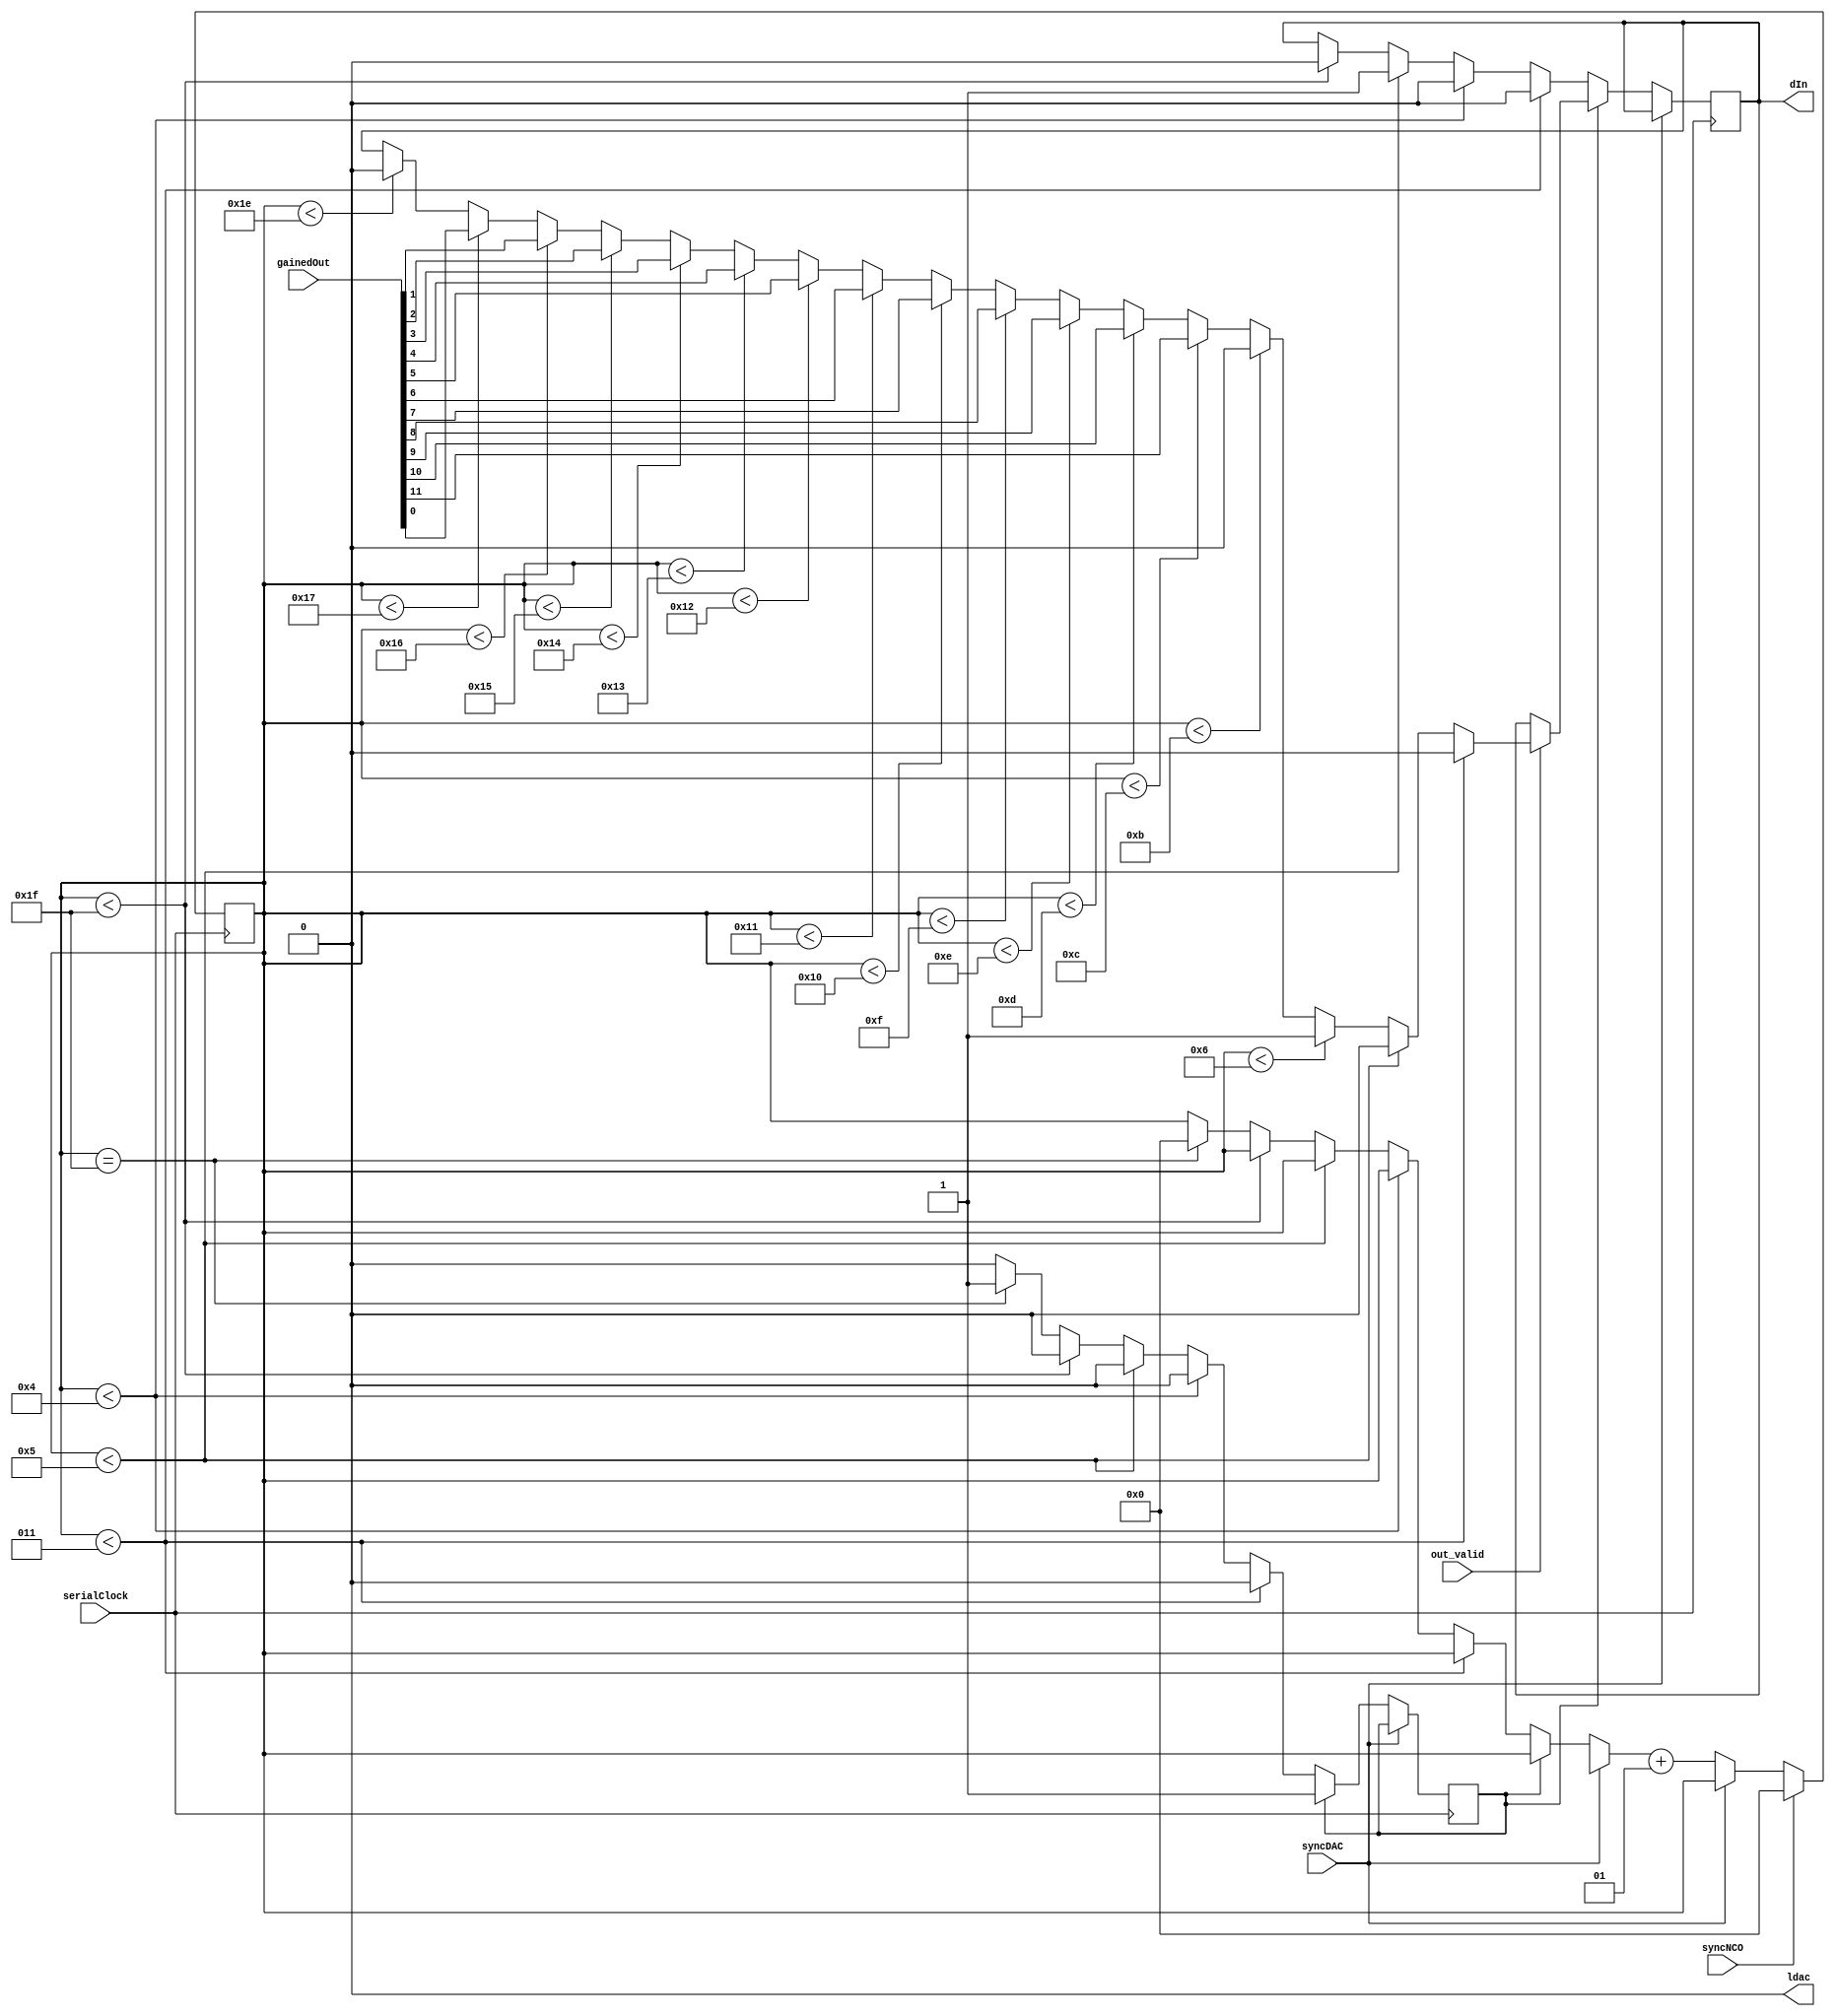
module DAC(gainedOut, serialClock, ldac, dIn, out_valid, syncDAC, syncNCO);

input [11:0] gainedOut;
input serialClock, out_valid, syncNCO;
reg powerUp; 
input syncDAC;
integer count;
output reg ldac, dIn;

initial
	begin
		ldac = 0;
		count = 0;
		dIn = 0;
		powerUp = 0;
	end
	
always @(posedge serialClock)
	begin
	if (~syncDAC)
		begin
			if (~powerUp)
				begin
					if (count < 3)
						dIn = 0;
						
					else if (count < 4)
						dIn = 0;
				
					else if (count < 5)
						dIn = 1;
					
					else if (count < 31)
						dIn = 0;
						
					else if (count == 31)
						begin
							count = 0;
							powerUp = 1;
						end
				end
		
		else
			begin
				if (out_valid)
					begin
						if (count < 3)
							dIn = 0;
							
						else if (count < 5)
							dIn = 0;
						
						else if (count < 6)
							dIn = 1;
						
						else if (count < 11)
							dIn = 0;
							
						else if (count < 12)
							dIn = gainedOut[11];
							
						else if (count < 13)
							dIn = gainedOut[10];
							
						else if (count < 14)
							dIn = gainedOut[9];
							
						else if (count < 15)
							dIn = gainedOut[8];
							
						else if (count < 16)
							dIn = gainedOut[7];
							
						else if (count < 17)
							dIn = gainedOut[6];
							
						else if (count < 18)
							dIn = gainedOut[5];
							
						else if (count < 19)
							dIn = gainedOut[4];
							
						else if (count < 20)
							dIn = gainedOut[3];
							
						else if (count < 21)
							dIn = gainedOut[2];
							
						else if (count < 22)
							dIn = gainedOut[1];
							
						else if (count < 23)
							dIn = gainedOut[0];
							
						else if (count < 30)
							dIn = 0;
							
				end
			end
		count = count + 1;
		end
		
	if (syncNCO)
		count = 0;
	end
				
								
endmodule